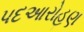
પદઆરોહણ